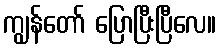
ကျွန်တော် ပြောပြီးပြီလေ။